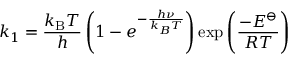
k _ { 1 } = { \frac { k _ { \mathrm { B } } T } { h } } \left( 1 - e ^ { - { \frac { h \nu } { k _ { B } T } } } \right) \exp \left( { \frac { - E ^ { \ominus } } { R T } } \right)